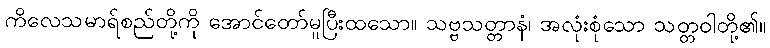
ကိလေသမာရ်စည်တို့ကို အောင်တော်မူပြီးထသော။ သဗ္ဗသတ္တာနံ၊ အလုံးစုံသော သတ္တဝါတို့၏။